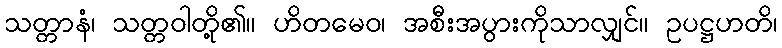
သတ္တာနံ၊ သတ္တဝါတို့၏။ ဟိတမေဝ၊ အစီးအပွားကိုသာလျှင်။ ဥပဋ္ဌဟတိ၊